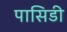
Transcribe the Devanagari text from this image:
पासिडी